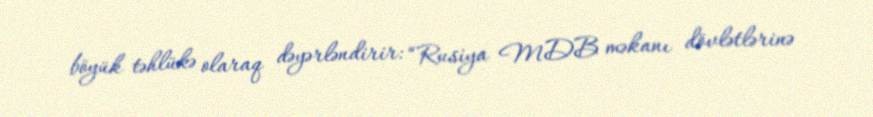
böyük təhlükə olaraq dəyərləndirir: “Rusiya MDB məkanı dövlətlərinə